Lunatic asylums Punjab 1895-1910 - 1895-1910
Year: 1895
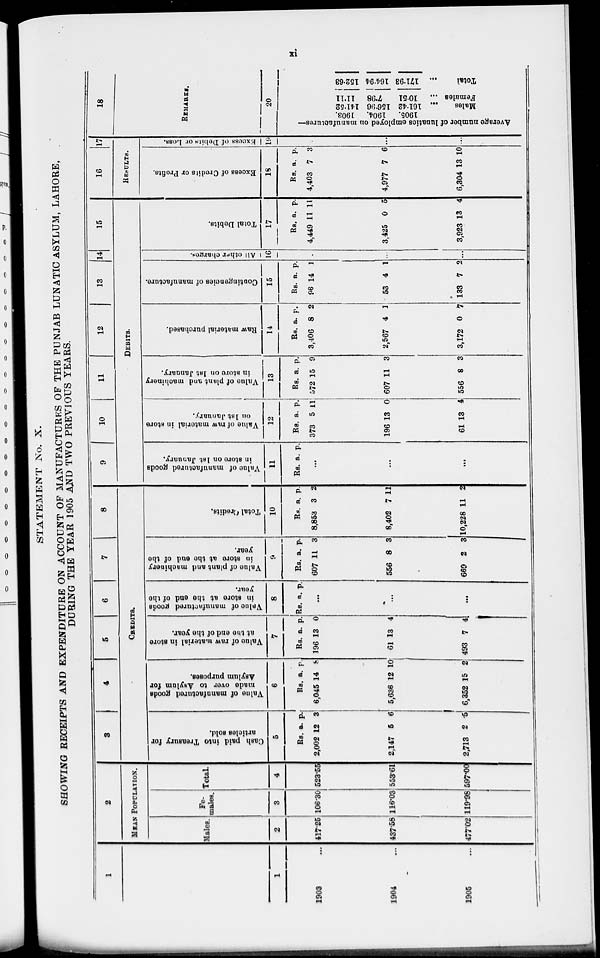
xi
STATEMENT No. X.
SHOWING RECEIPTS AND EXPENDITURE ON ACCOUNT OF MANUFACTURES OF THE PUNJAB LUNATIC ASYLUM, LAHORE,
DURING THE YEAR 1905 AND TWO PREVIOUS YEARS.
1
1
1903 ...
1904 ...
1905 ...
2
MEAN POPULATION.
Males.
2
417.25
437.58
477.02
Fe-
males.
3
106.30
116.03
119.98
Total
4
523.55
553.61
597.00
3 4 5 6 7 8
CREDITS.
Cash paid into Treasury for
articles sold.
5
Rs.
2,002
2,147
2,713
a.
12
5
2
p.
3
6
5
Value of manufactured goods
made over to Asylum for
Asylum purposes.
6
Rs.
6,045
5,636
6,352
a.
14
12
15
p.
8
10
2
Value of raw material in store
at the end of the year.
7
Rs.
196
61
493
a.
13
13
7
p.
0
4
4
Value
of manufactured goods
in store at the end of the
year.
8
Rs. a. p.
...
...
...
Value of plant and machinery
in store at the end of the
year.
9
Rs.
607
556
669
a.
11
8
2
p.
3
3
3
Total Credits.
10
Rs.
8,853
8,402
10,228
a.
3
7
11
p.
2
11
2
9
10
11
12
13
14
15
DEBITS.
Value of manufactured goods
in store on 1st January.
11
Rs. a. p.
...
...
...
Value of raw matorial in store
on 1st January.
12
Rs.
373
196
61
a.
5
13
13
p.
11
0
4
Value of plant and machinery
in store on 1st January.
13
Rs.
572
607
556
a.
15
11
8
p.
9
3
3
Raw material purchased.
14
Rs.
3,406
2,567
3,172
a.
8
4
0
p.
2
1
7
Contingencies of manufacture.
15
Rs.
96
53
133
a.
14
4
7
p.
1
1
2
All other charged.
16
...
...
...
Total Debits.
17
Rs.
4,449
3,425
3,923
a.
11
0
13
p.
11
5
4
16
17
RESULT.
Excess
of Credits or Profits.
18
Rs.
4,403
4,977
6,304
a.
7
7
13
p.
3
6
10
Excess of Debits or Loss.
19
...
...
...
18
REMARKS.
20
Average number of lunatics employed on manufactures—
1905.
1904.
1903.
161.42
156.96 141.52
Males
...
10.51
7.98
11.11
Females ...
171.93
164.94 152.63
Total...